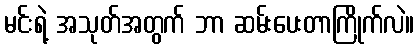
မင်းရဲ့ အသုတ်အတွက် ဘာ ဆမ်းပေးတာကြိုက်လဲ။